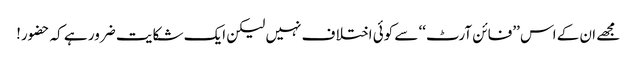
مجھے ان کے اس ’’فائن آرٹ‘‘ سے کوئی اختلا ف نہیں لیکن ایک شکایت ضرور ہے کہ حضور!